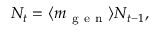
N _ { t } = \langle m _ { \mathrm { ~ g ~ e ~ n ~ } } \rangle N _ { t - 1 } ,